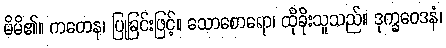
မိမိ၏။ ကတေန၊ ပြုခြင်းဖြင့်။ သောစောရော၊ ထိုခိုးသူသည်။ ဒုက္ခဝေဒနံ၊